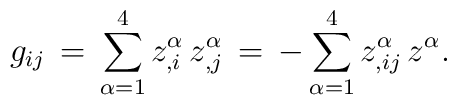
g_{ij}\,=\,\sum_{\alpha  =1}^4{}z^\alpha _{,i}\,z^\alpha_{,j}\,=\,-\sum_{\alpha=1}^4{}z^\alpha_{,ij}\,z^\alpha .